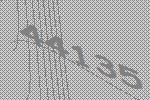
44135